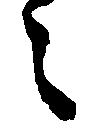
々